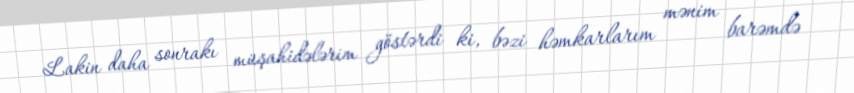
Lakin daha sonrakı müşahidələrim göstərdi ki, bəzi həmkarlarım mənim barəmdə